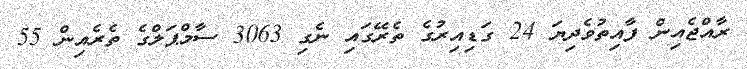
ރާއްޖެއިން ފާއިތުވެދިޔަ 24 ގަޑިއިރުގެ ތެރޭގައި ނެގި 3063 ސާމްޕަލްގެ ތެރެއިން 55